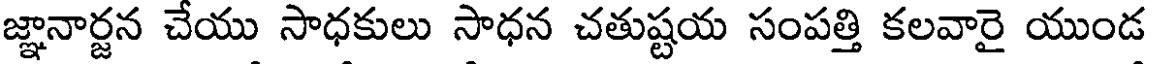
జ్ఞానార్జన చేయు సాధకులు సాధన చతుష్టయ సంపత్తి కలవారై యుండ